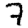
Digit: 7